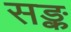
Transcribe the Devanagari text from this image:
सङ्क